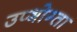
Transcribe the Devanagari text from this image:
उप्भोग्ता